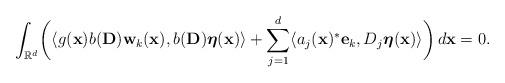
LaTeX: \begin{align*}\int _{\mathbb{R}^d}\biggl( \langle g(\mathbf{x})b(\mathbf{D})\mathbf{w}_k(\mathbf{x}),b(\mathbf{D})\boldsymbol{\eta}(\mathbf{x})\rangle+\sum \limits _{j=1}^d \langle a_j(\mathbf{x})^*\mathbf{e}_k ,D_j \boldsymbol{\eta}(\mathbf{x})\rangle \biggr) \,d\mathbf{x}=0.\end{align*}